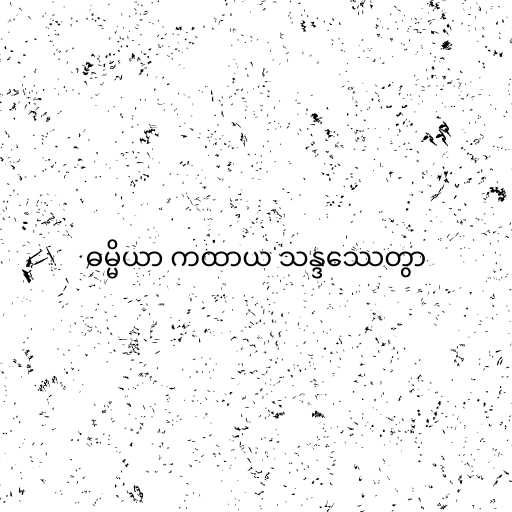
ဓမ္မိယာ ကထာယ သန္ဒဿေတွာ